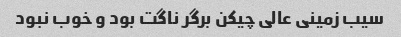
سیب زمینی عالی چیکن برگر ناگت بود و خوب نبود